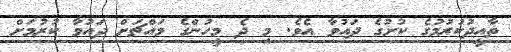
ތާއީދުކުރުމުގެ ކުށުގެ ދައުވާ އެވެ. މި ދެ މީހުންގެ މައްޗަށް ދައުވާ ކުރުމަށް